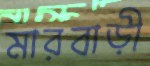
মারবাড়ী